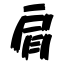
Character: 肩